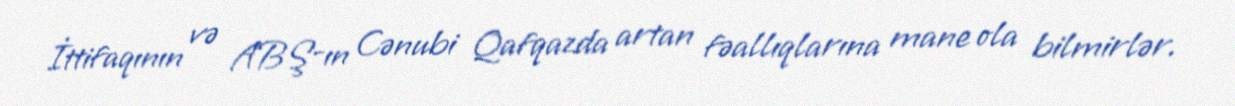
İttifaqının və ABŞ-ın Cənubi Qafqazda artan fəallıqlarına mane ola bilmirlər.